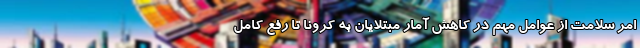
امر سلامت از عوامل مهم در کاهش آمار مبتلایان به کرونا تا رفع کامل